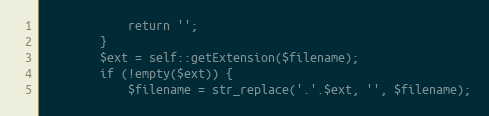
Language: PHP
            return '';
        }
        $ext = self::getExtension($filename);
        if (!empty($ext)) {
            $filename = str_replace('.'.$ext, '', $filename);